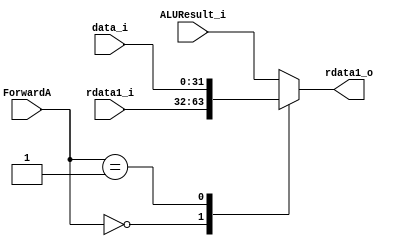
`timescale 1ns / 1ps
//////////////////////////////////////////////////////////////////////////////////
// Company: 
// Engineer: 
// 
// Design Name: 
// Module Name: MUX_F1
// Project Name: 
// Target Devices: 
// Tool Versions: 
// Description: 
// 
// Dependencies: 
// 
// Revision:
// Revision 0.01 - File Created
// Additional Comments:
// 
//////////////////////////////////////////////////////////////////////////////////


module MUX_F1(
input [31:0] rdata1_i,ALUResult_i,data_i,
input [1:0] ForwardA,
output reg [31:0] rdata1_o
    );
    
    always@*begin
       case(ForwardA)
           2'b00: rdata1_o=rdata1_i;
           2'b01:rdata1_o=data_i;
           default: rdata1_o=ALUResult_i;//2'b10
       endcase
    end
    
endmodule